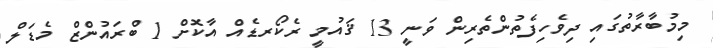
މިމުބާރާތުގައި ދިވެހިފެތުންތެރިން ވަނީ 13 ޤައުމީ ރެކޯރޑެއް އާކޮށް 1 ބްރައުންޒް މެޑަލް